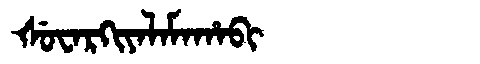
Manchu: ᡧᡠᠸᠠᡵᡴᡳᠶᠠᠯᠠᠮᠠᡥᠠᠪᡳ
Romanization: ŠUWARKIYALAMAHABI